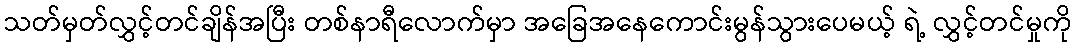
သတ်မှတ်လွှင့်တင်ချိန်အပြီး တစ်နာရီလောက်မှာ အခြေအနေကောင်းမွန်သွားပေမယ့် ရဲ့ လွှင့်တင်မှုကို